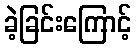
ခဲ့ခြင်းကြောင့်